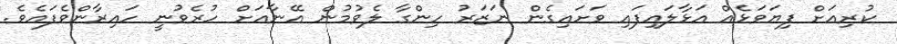
ކުރިއަށް ފިޔަވަޅެއް އަޅާލައިފައި ވަށައިގެން ނަޒަރު ހިންގާ ލެވުމުން އޭނާއަށް ހުރެވުނީ ހައިރާންވެފައެވެ.